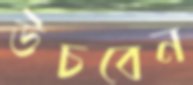
উচবেন